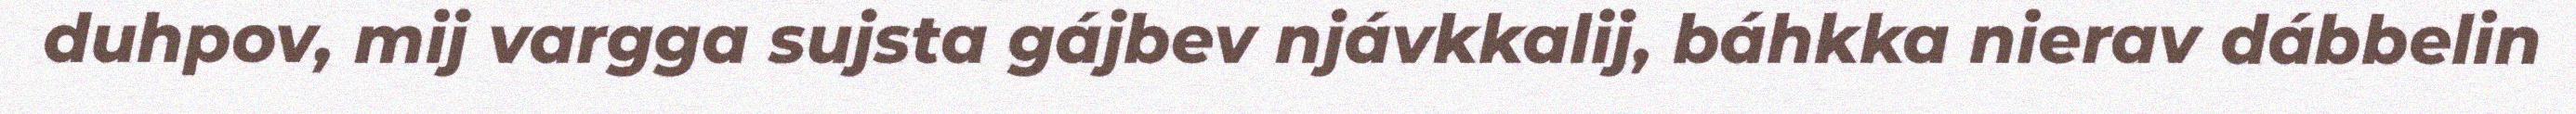
duhpov, mij vargga sujsta gájbev njávkkalij, báhkka nierav dábbelin